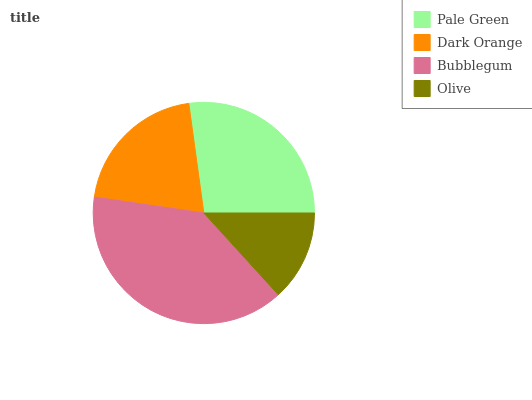
| Pale Green | Dark Orange | Bubblegum | Olive |
 | --- | --- | --- | --- |
 | 27.2% | 20.5% | 39% | 13.2% |